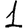
Digit: 1